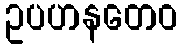
ဥပဟနတေဝ